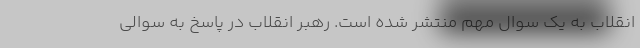
انقلاب به یک سوال مهم منتشر شده است. رهبر انقلاب در پاسخ به سوالی